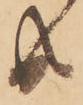
共